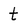
Character: t